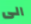
الى